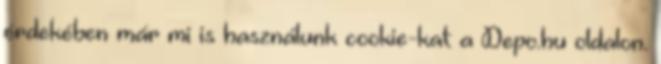
érdekében már mi is használunk cookie-kat a Depo.hu oldalon.